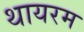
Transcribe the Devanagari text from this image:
थायरम